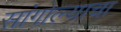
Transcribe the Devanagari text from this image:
सांगोल्याचा